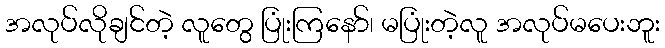
အလုပ်လိုချင်တဲ့ လူတွေ ပြုံးကြနော်၊ မပြုံးတဲ့လူ အလုပ်မပေးဘူး